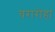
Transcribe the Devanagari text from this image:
वरारोहा